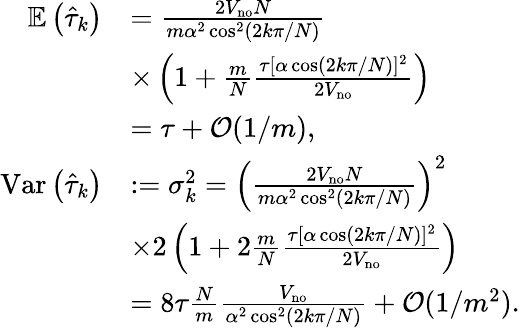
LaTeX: \begin{array}{rl}{\mathbb{E}\left(\hat{\tau}_{k}\right)}&{=\frac{2V_{\mathrm{no}}N}{m\alpha^{2}\cos^{2}\left(2k\pi/N\right)}}\\ &{\times\left(1+\frac{m}{N}\frac{\tau\lbrack\alpha\cos\left(2k\pi/N\right)]^{2}}{2V_{\mathrm{no}}}\right)}\\ &{=\tau+\mathcal{O}(1/m),}\\ {\mathrm{Var}\left(\hat{\tau}_{k}\right)}&{:=\sigma_{k}^{2}=\left(\frac{2V_{\mathrm{no}}N}{m\alpha^{2}\cos^{2}\left(2k\pi/N\right)}\right)^{2}}\\ &{\times 2\left(1+2\frac{m}{N}\frac{\tau\lbrack\alpha\cos\left(2k\pi/N\right)]^{2}}{2V_{\mathrm{no}}}\right)}\\ &{=8\tau\frac{N}{m}\frac{V_{\mathrm{no}}}{\alpha^{2}\cos^{2}\left(2k\pi/N\right)}+\mathcal{O}(1/m^{2}).}\end{array}